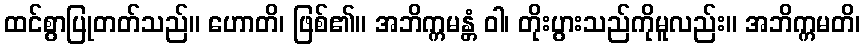
ထင်စွာပြုတတ်သည်။ ဟောတိ၊ ဖြစ်၏။ အဘိက္ကမန္တံ ဝါ၊ တိုးပွားသည်ကိုမူလည်း။ အဘိက္ကမတိ၊